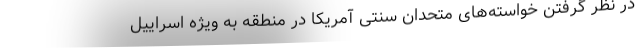
در نظر گرفتن خواسته‌های متحدان سنتی آمریکا در منطقه به ویژه اسراییل